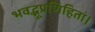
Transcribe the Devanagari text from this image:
भवद्भूप्रणिहितां।